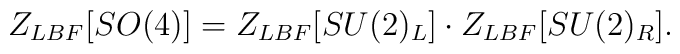
Z_{LBF}[SO(4)] = Z_{LBF}[SU(2)_L] \cdot Z_{LBF}[SU(2)_R]. \nonumber